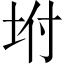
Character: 坿